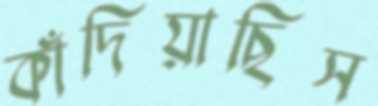
কাঁদিয়াছিস